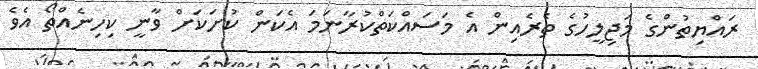
ރައްޔިތުންގެ މަޖިލީހުގެ ތެރެއިން އެ މަސައްކަތްކުރާނަމަ އެކަން ކުށަކަށް ވާނީ ކިހިނެއްތޯ އެވެ